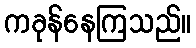
ကခုန်နေကြသည်။